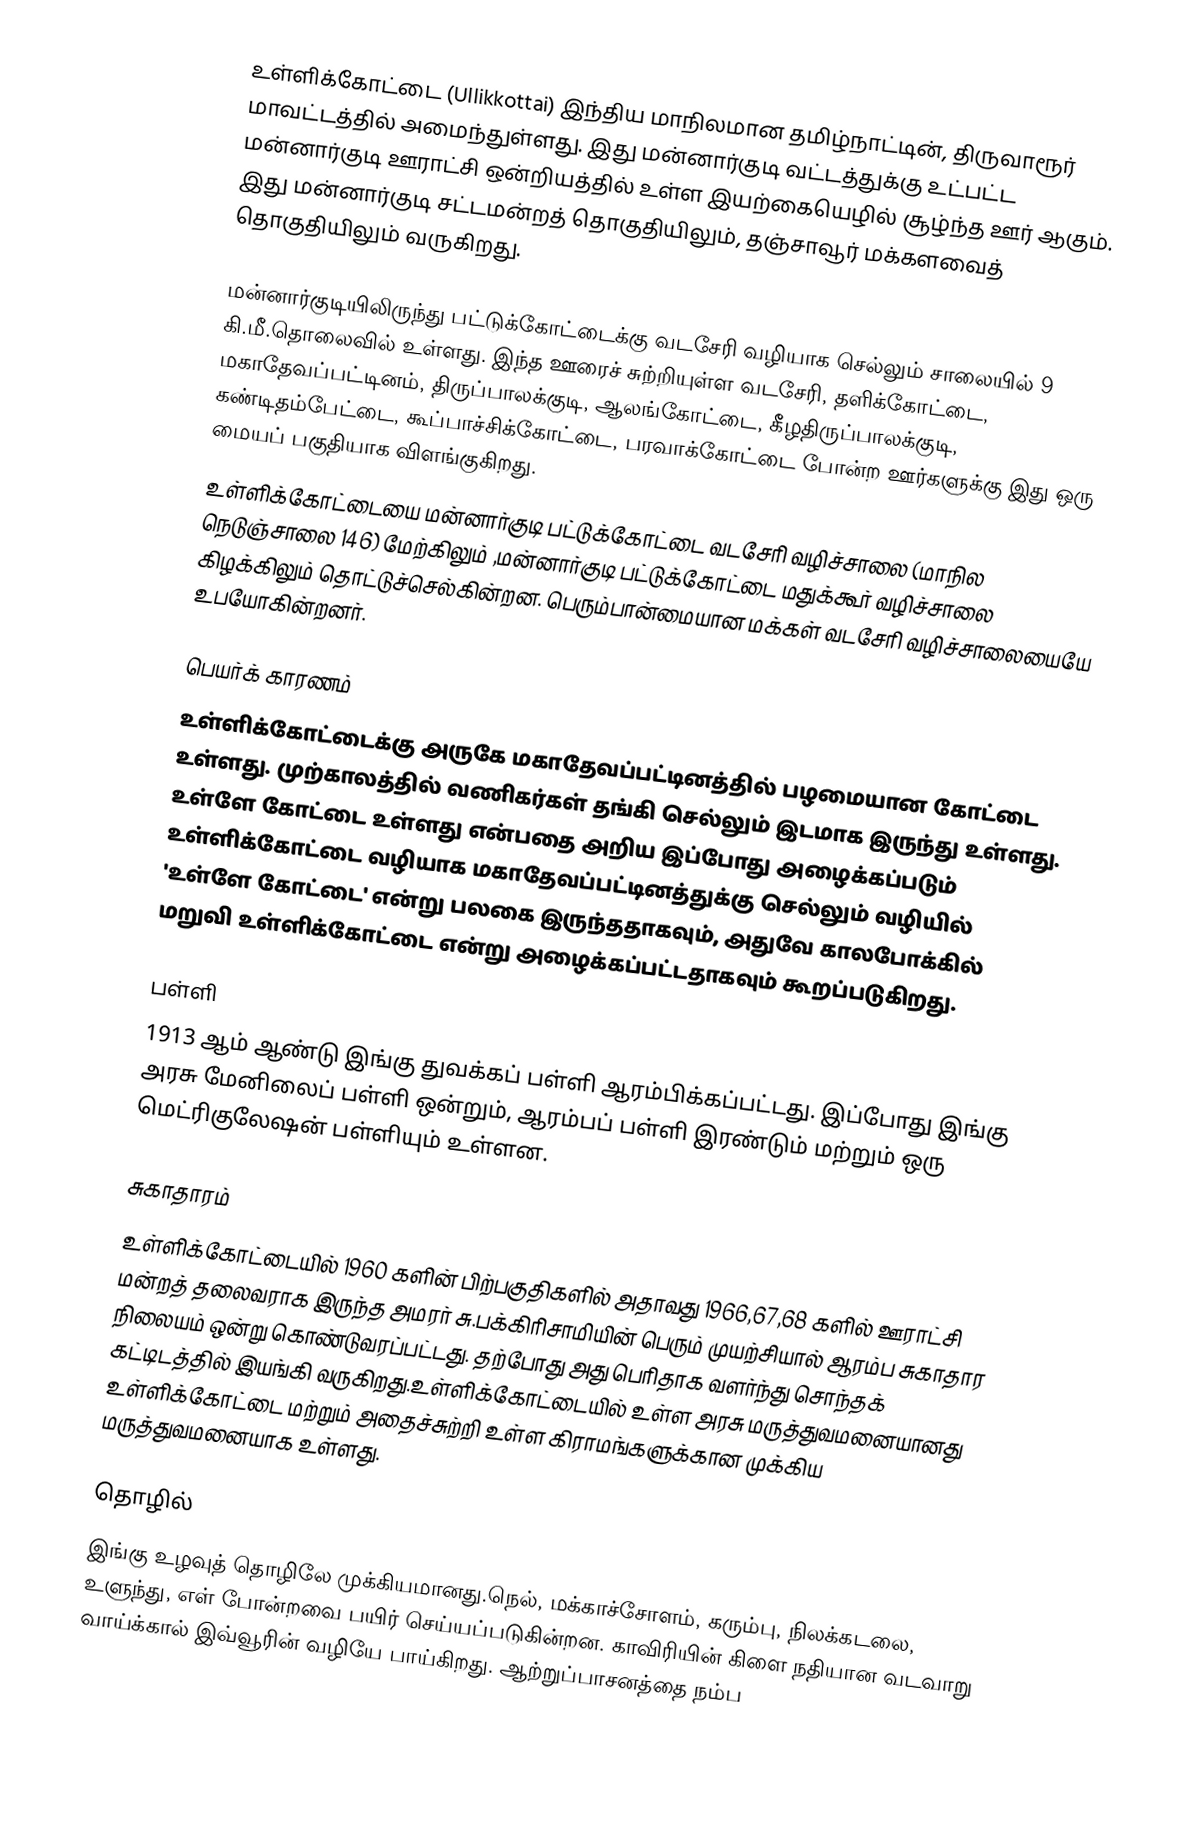
உள்ளிக்கோட்டை (Ullikkottai) இந்திய மாநிலமான தமிழ்நாட்டின்,  திருவாரூர் மாவட்டத்தில் அமைந்துள்ளது. இது மன்னார்குடி வட்டத்துக்கு உட்பட்ட மன்னார்குடி ஊராட்சி ஒன்றியத்தில் உள்ள இயற்கையெழில்  சூழ்ந்த  ஊர் ஆகும். இது மன்னார்குடி சட்டமன்றத் தொகுதியிலும், தஞ்சாவூர் மக்களவைத் தொகுதியிலும் வருகிறது.

மன்னார்குடியிலிருந்து பட்டுக்கோட்டைக்கு வடசேரி வழியாக செல்லும் சாலையில் 9 கி.மீ.தொலைவில் உள்ளது. இந்த ஊரைச் சுற்றியுள்ள வடசேரி, தளிக்கோட்டை, மகாதேவப்பட்டினம், திருப்பாலக்குடி, ஆலங்கோட்டை, கீழதிருப்பாலக்குடி, கண்டிதம்பேட்டை, கூப்பாச்சிக்கோட்டை, பரவாக்கோட்டை போன்ற ஊர்களுக்கு இது ஒரு மையப் பகுதியாக விளங்குகிறது.
உள்ளிக்கோட்டையை மன்னார்குடி பட்டுக்கோட்டை வடசேரி வழிச்சாலை (மாநில நெடுஞ்சாலை 146) மேற்கிலும் ,மன்னார்குடி பட்டுக்கோட்டை மதுக்கூர்  வழிச்சாலை கிழக்கிலும் தொட்டுச்செல்கின்றன. பெரும்பான்மையான மக்கள் வடசேரி வழிச்சாலையையே உபயோகின்றனர்.

பெயர்க் காரணம்
உள்ளிக்கோட்டைக்கு அருகே மகாதேவப்பட்டினத்தில் பழமையான கோட்டை உள்ளது. முற்காலத்தில் வணிகர்கள் தங்கி செல்லும் இடமாக இருந்து உள்ளது. உள்ளே கோட்டை உள்ளது என்பதை அறிய இப்போது அழைக்கப்படும் உள்ளிக்கோட்டை வழியாக மகாதேவப்பட்டினத்துக்கு செல்லும் வழியில் 'உள்ளே கோட்டை' என்று பலகை இருந்ததாகவும், அதுவே காலபோக்கில் மறுவி உள்ளிக்கோட்டை என்று அழைக்கப்பட்டதாகவும் கூறப்படுகிறது.

பள்ளி
1913 ஆம் ஆண்டு இங்கு துவக்கப் பள்ளி ஆரம்பிக்கப்பட்டது. இப்போது இங்கு அரசு மேனிலைப் பள்ளி ஒன்றும், ஆரம்பப் பள்ளி இரண்டும் மற்றும் ஒரு மெட்ரிகுலேஷன் பள்ளியும் உள்ளன.

சுகாதாரம்
உள்ளிக்கோட்டையில் 1960 களின் பிற்பகுதிகளில் அதாவது 1966,67,68 களில் ஊராட்சி மன்றத் தலைவராக இருந்த அமரர் சு.பக்கிரிசாமியின் பெரும் முயற்சியால் ஆரம்ப சுகாதார நிலையம் ஒன்று கொண்டுவரப்பட்டது. தற்போது அது பெரிதாக வளர்ந்து சொந்தக் கட்டிடத்தில் இயங்கி வருகிறது.உள்ளிக்கோட்டையில் உள்ள அரசு மருத்துவமனையானது உள்ளிக்கோட்டை மற்றும் அதைச்சுற்றி  உள்ள கிராமங்களுக்கான முக்கிய மருத்துவமனையாக உள்ளது.

தொழில்
இங்கு உழவுத் தொழிலே முக்கியமானது.நெல், மக்காச்சோளம், கரும்பு, நிலக்கடலை, உளுந்து, எள்  போன்றவை பயிர் செய்யப்படுகின்றன. காவிரியின் கிளை நதியான வடவாறு வாய்க்கால் இவ்வூரின் வழியே பாய்கிறது. ஆற்றுப்பாசனத்தை நம்ப